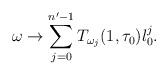
LaTeX: \begin{align*}\omega\to\sum_{j=0}^{n'-1} T_{\omega_j}(1,\tau_0)\l_0^{j}.\end{align*}